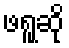
ဖရူဆို